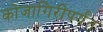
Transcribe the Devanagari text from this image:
कोजागिरीपर्यंत